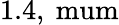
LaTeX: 1.4,\mathrm{{\ mum}}